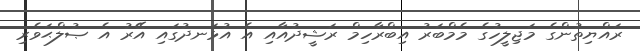
ރައްޔިތުންގެ މަޖިލީހުގެ މެމްބަރު އިބްރާހިމް ރަޝީދުއާއި އެ އުޅަނދުގައި އޭރު އެ ޞުލްޙަވެރި